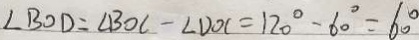
\angle B O D = \angle B O C - \angle D O C = 1 2 0 ^ { \circ } - 6 0 ^ { \circ } = 6 0 ^ { \circ }